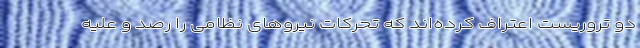
دو تروریست اعتراف کرده‌اند که تحرکات نیروهای نظامی را رصد و علیه